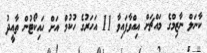
ކާނަލް ނާޒިމްގެ މައްޗަށް އިއްވާފައިވާ 11 އަހަރުގެ ހުކުމް އަށް ހައިކޯޓުން ތާއީދު